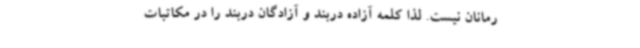
رمانان نیست. لذا کلمه‌ آزاده‌ دربند و آزادگان دربند را در مکاتبات